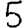
Digit: 5